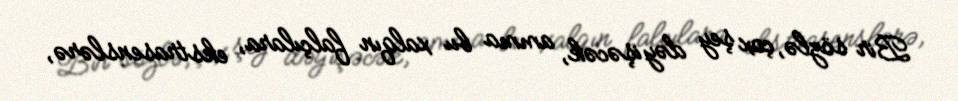
Bir sözlə, çox şey dəyişəcək, amma bu xalqın falçılara, ekstrasenslərə,